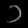
Digit: ၁